Vaccination report Assam 1896-1927 - 1896-1927
Year: 1896
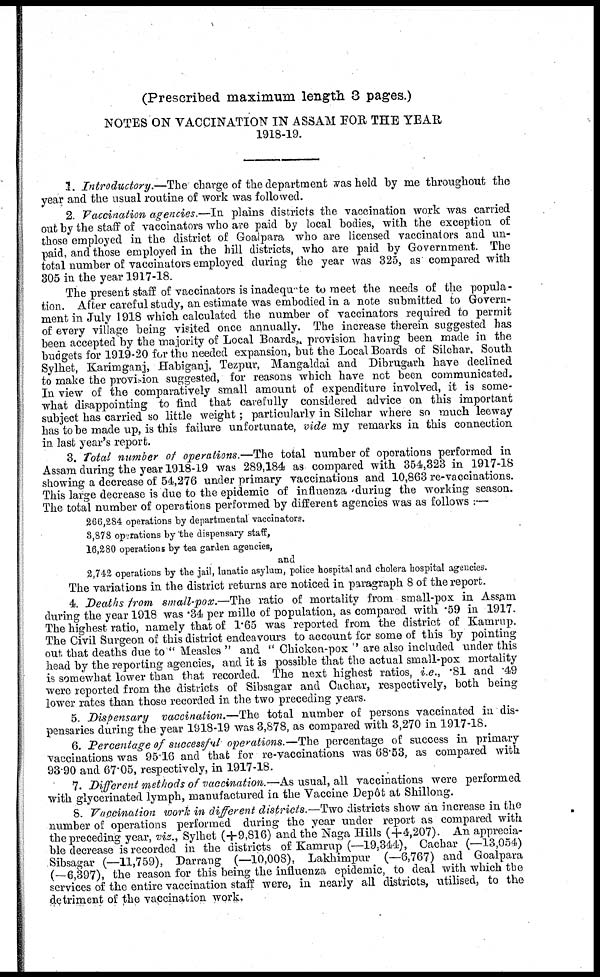
(Prescribed maximum length 3 pages.)
NOTES ON VACCINATION IN ASSAM FOR, THE YEAR
1918-19.
1. Introductory.—The charge of the department was held by me throughout the
year and the usual routine of work was followed.
2. Vaccination agencies.—In plains districts the vaccination work was carried
out by the staff of vaccinators who are paid by local bodies, with the exception of
those employed in the district of Goalpara who are licensed vaccinators and un-
paid, and those employed in the hill districts, who are paid by Government. The
total number of vaccinators employed during the year was 325, as compared with
305 in the year 1917-18.
The present staff of vaccinators is inadequate to meet the needs of the popula-
tion. After careful study, an estimate was embodied in a note submitted to Govern-
ment in July 1918 which calculated the number of vaccinators required to permit
of every village being visited once annually. The increase therein suggested has
been accepted by the majority of Local Boards, provision having been made in the
budgets for 1919-20 for the needed expansion, but the Local Boards of Silchar, South
Sylhet, Karimganj, Habiganj, Tezpur, Mangaldai and Dibrugarh have declined
to make the provision suggested, for reasons which have not been communicated.
In view of the comparatively small amount of expenditure involved, it is some-
what disappointing to find that carefully considered advice on this important
subject has carried so little weight; particularly in Silchar where so much leeway
has to be made up, is this failure unfortunate, vide my remarks in this connection
in last year's report.
3. Total number of operations.—The total number of operations performed in
Assam during the year 1918-19 was 289,184 as compared with 354,323 in 1917-18
showing a decrease of 54,276 under primary vaccinations and 10,863 re-vaccinations.
This large decrease is due to the epidemic of influenza 'during the working season.
The total number of operations performed by different agencies was as follows :—
266,284 operations by departmental vaccinators.
3,878 operations by the dispensary staff,
16,280 operations by tea garden agencies,
and
2,742 operations by the jail, lunatic asylum, police hospital and cholera hospital agencies.
The variations in the district returns are noticed in paragraph 8 of the report.
4. Deaths from small-pox.—The ratio of mortality from small-pox in Assam
during the year 1918 was .34 per mille of population, as compared with .59 in 1917.
The highest ratio, namely that of 1.65 was reported from the district of Kamrup.
The Civil Surgeon of this district endeavours to account for some of this by pointing
out that deaths due to " Measles " and " Chicken-pox " are also included under this
head by the reporting agencies, and it is possible that the actual small-pox mortality
is somewhat lower than that recorded. The next highest ratios, i.e., .81 and .49
were reported from the districts of Sibsagar and Cachar, respectively, both being
lower rates than those recorded in the two preceding years.
5. Dispensary vaccination.—The total number of persons vaccinated in dis-
pensaries during the year 1918-19 was 3,878, as compared with 3,270 in 1917-18.
6. Percentage of successful operations.—The percentage of success in primary
vaccinations was 95.16 and that for re-vaccinations was 68.53, as compared with
93.90 and 67.05, respectively, in 1917-18.
7. Different methods of vaccination.—As usual, all vaccinations were performed
with glycerinated lymph, manufactured in the Vaccine Depôt at Shillong.
8. Vaccination work in different districts.—Two districts show an increase in the
number of operations performed during the year under report as compared with
the preceding year, viz., Sylhet (+9,816) and the Naga Hills (+4,207). An apprecia-
ble decrease is recorded in the districts of Kamrup (—19,344), Cachar (—13,054)
Sibsagar (—11,759), Darrang (—10,008), Lakhimpur (—6,767) and Goalpara
(—6,397), the reason for this being the influenza epidemic, to deal with which the
services of the entire vaccination staff were, in nearly all districts, utilised, to the
detriment of the vaccination work.